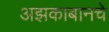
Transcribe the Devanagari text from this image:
अझकाबानचे